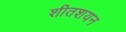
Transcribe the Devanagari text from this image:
शीतशयन